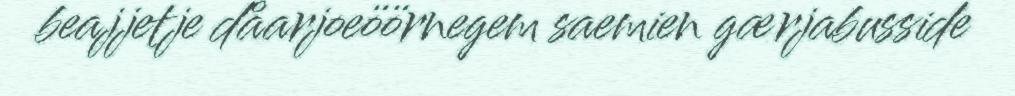
beajjetje dåarjoeöörnegem saemien gærjabusside